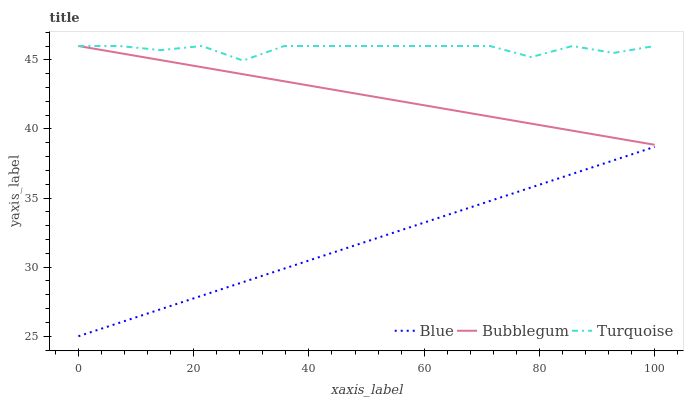
| xaxis_label | Blue | Bubblegum | Turquoise |
 | --- | --- | --- | --- |
 | 0 | 25 | 46 | 46 |
 | 7.14 | 26 | 45.5 | 46 |
 | 14.3 | 27 | 45 | 45.7 |
 | 21.4 | 27.9 | 44.5 | 46 |
 | 28.6 | 28.9 | 44 | 44.9 |
 | 35.7 | 29.9 | 43.4 | 46 |
 | 42.9 | 30.9 | 42.9 | 46 |
 | 50 | 31.9 | 42.4 | 46 |
 | 57.1 | 32.8 | 41.9 | 46 |
 | 64.3 | 33.8 | 41.4 | 46 |
 | 71.4 | 34.8 | 40.9 | 46 |
 | 78.6 | 35.8 | 40.4 | 45.2 |
 | 85.7 | 36.7 | 39.9 | 46 |
 | 92.9 | 37.7 | 39.4 | 45.5 |
 | 100 | 38.7 | 38.9 | 46 |